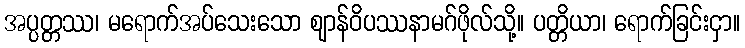
အပ္ပတ္တဿ၊ မရောက်အပ်သေးသော ဈာန်ဝိပဿနာမဂ်ဖိုလ်သို့။ ပတ္တိယာ၊ ရောက်ခြင်းငှာ။